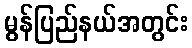
မွန်ပြည်နယ်အတွင်း